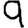
Digit: 9